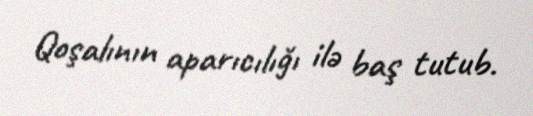
Qoşalının aparıcılığı ilə baş tutub.